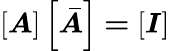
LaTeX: \boldsymbol{\left[A\right]\left[\bar{A}\right]=\left[I\right]}